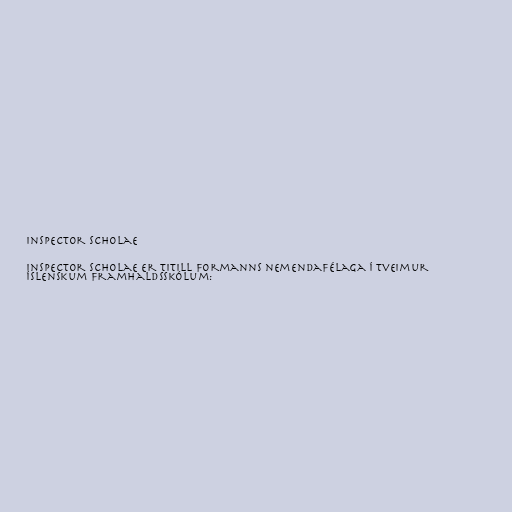
Inspector scholae

Inspector scholae er titill formanns nemendafélaga í tveimur
íslenskum framhaldsskólum: